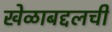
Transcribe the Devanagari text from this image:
खेळाबद्दलची